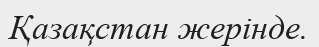
Қазақстан жерінде.